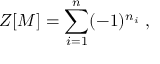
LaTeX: { \cal Z } [ M ] = \sum _ { i = 1 } ^ { n } ( - 1 ) ^ { n _ { i } } \; ,